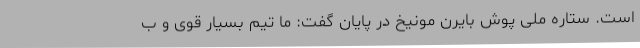
است. ستاره ملی پوش بایرن مونیخ در پایان گفت: ما تیم بسیار قوی و ب